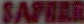
SAFTER